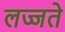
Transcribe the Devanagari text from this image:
लज्जते